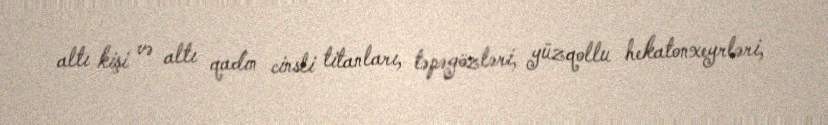
altı kişi və altı qadın cinsli titanları, təpəgözləri, yüzqollu hekatonxeyrləri,